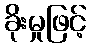
ခိုးမှုဖြင့်